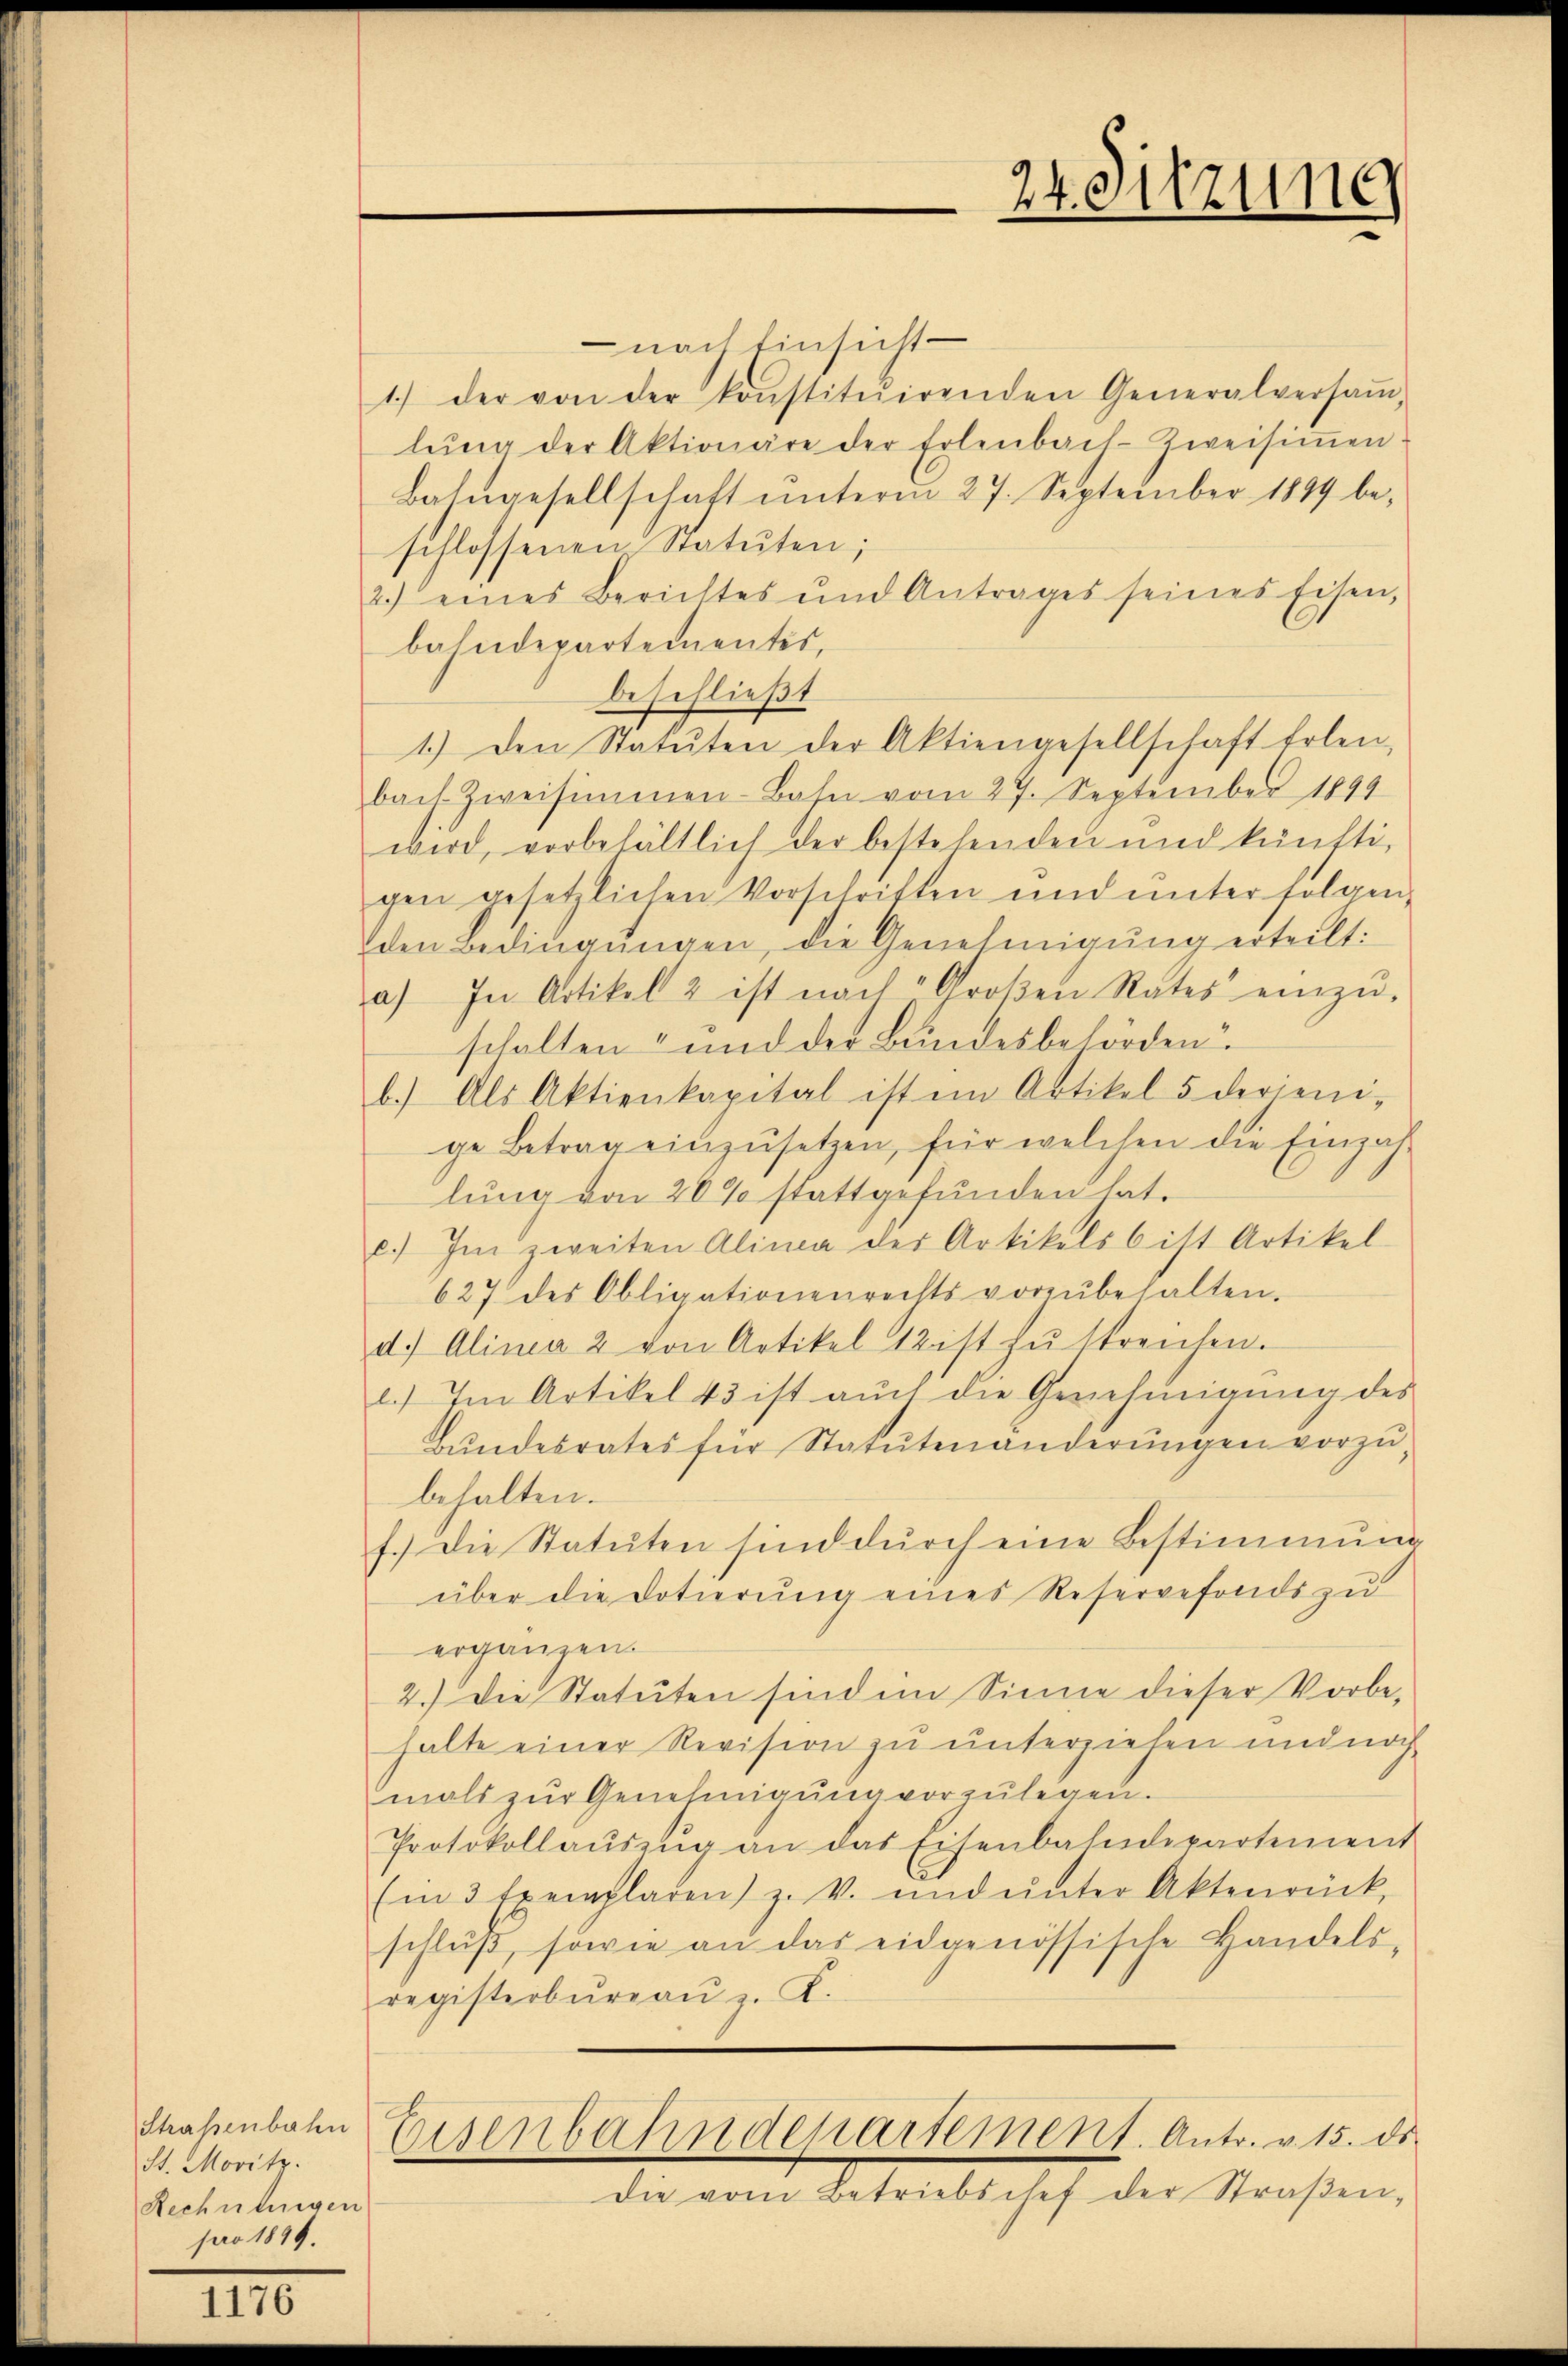
Strassenbahn
St. Moritz.
Rechnungen
pro 1899.

24. Sitzung

nach Einsicht
1.) der von der konstituirenden Generalversaṁ-
lŭng der Aktionäre der Erlenbach-Zweisiṁen
Bahngesellschaft unterm 27. September 1899 be-
schlossenen Statuten;
2.) eines Berichtes und Antrages seines Eisen,
bahndepartementes,
beschließt
1.) Den Statuten der Aktiengesellschaft Erlen,
bach Zweisimmen-Bahn vom 27. September 1894
wird, vorbehältlich der bestehenden und künftigen gesetzlichen Vorschriften und unter folgen-
den Bedingŭngen, die Genehmigung erteilt:
a) In Artikel 2 ist nach Groβen Rates einzŭ-
schalten und der Bundesbehörden.
b.) Als Aktienkapital ist in Artikel 5 derjeni-
ge Betrag einzŭsetzen, für welchen die Einzah-
lung von 20% stattgefunden hat.
c.) Im zweiten Alima der Artikels b ist Artikel
627 des Obligationenrechts vorzŭbehalten.
d. Alinea 2 von Artikel 12 ist zŭ streichen.
l.) Im Artikel 43 ist aŭch die Genehmigŭng des
Bŭndesrates für Statutenänderŭngen vorzŭ-
behalten.
f.) Die Statuten sind dŭrch eine Bestimmung
über die Dotierung eines Reservefonds zu
ergänzen.
2.) Die Statuten sind ein Sinne dieser Vorbe-
halte einer Revision zu unterziehen und noch
mals zŭr Genehmigung vorzulegen.
Protokollaŭszŭg an das Eisenbahndepartement
(in 3 Exemplaren) z. v. und ŭnter Aktenrück,
schlŭβ, sowie an das eidgenössische Handels-
registerbüreaŭ z. K.
Eisenbahndepartement. Antr. v. 15. ds.
die vom Betriebschef der Straβen-